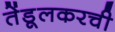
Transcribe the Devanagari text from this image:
तेंडूलकरची